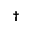
^ { \dag }